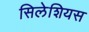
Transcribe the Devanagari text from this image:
सिलेशियस